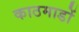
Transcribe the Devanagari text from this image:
काठमाडों